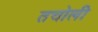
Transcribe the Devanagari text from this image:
तचोली